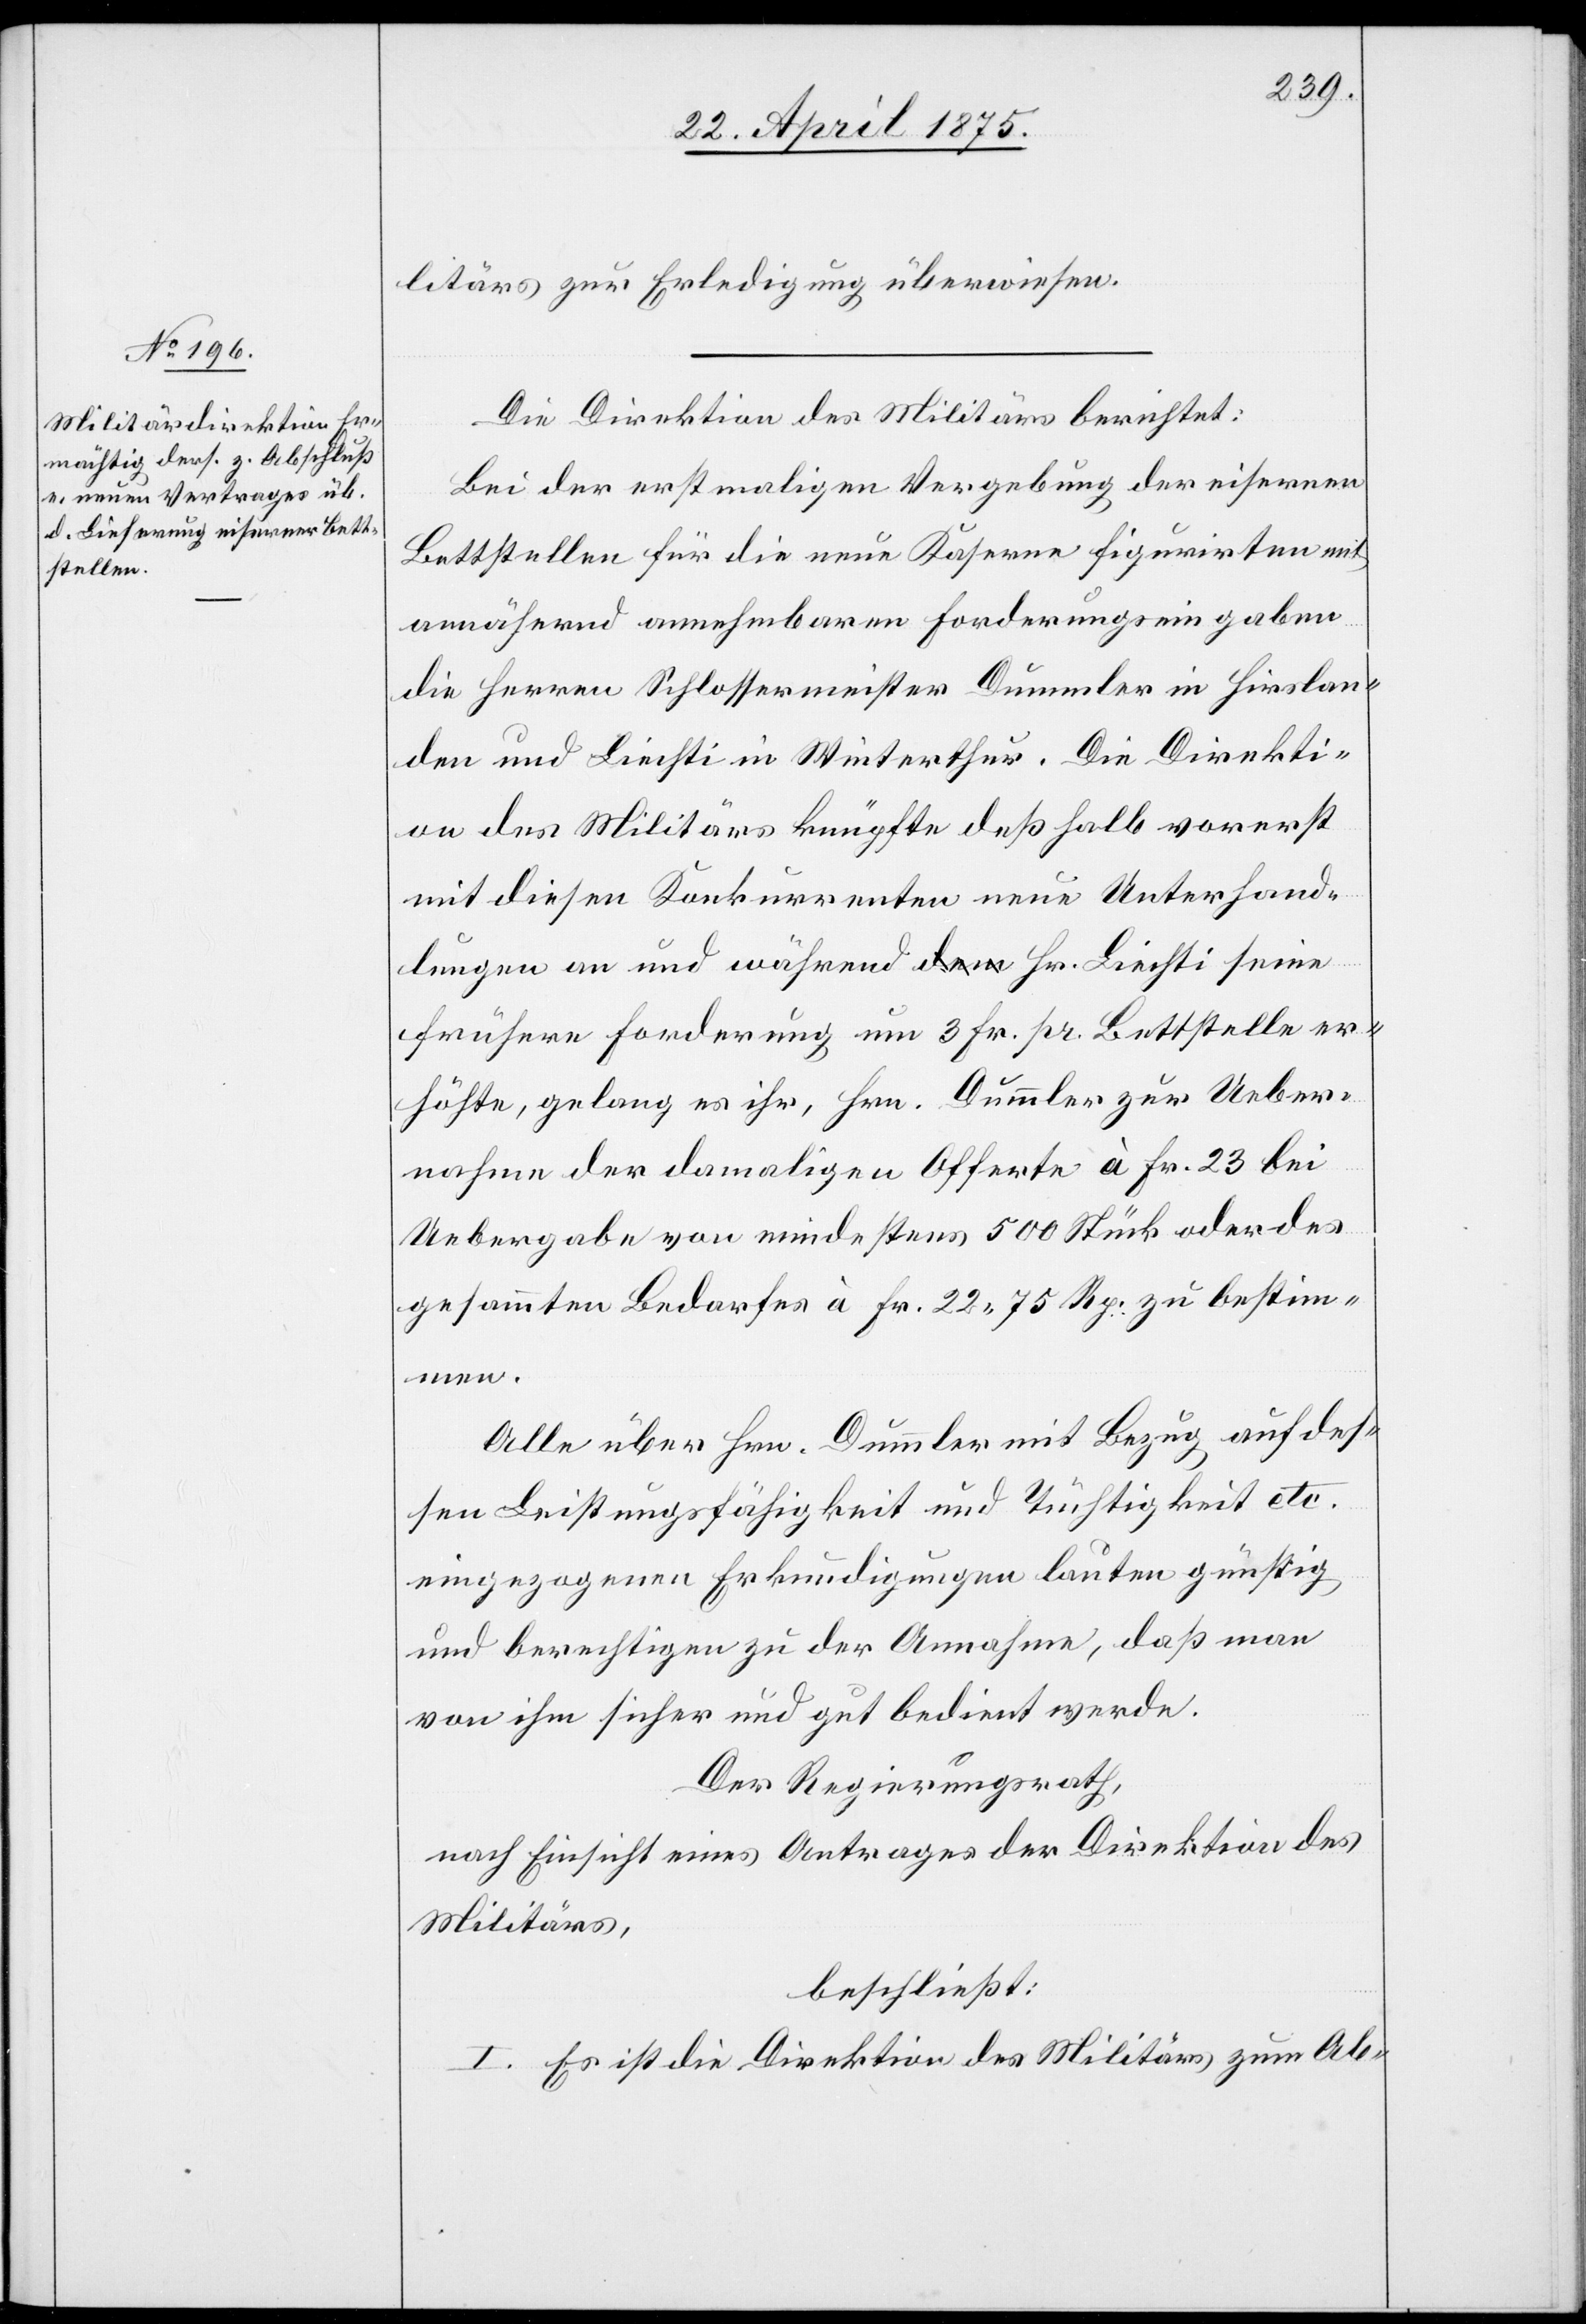
litärs zur Erledigung überwiesen.
Die Direktion des Militärs berichtet:
Bei der erstmaligen Vergebung der eisernen
Bettstellen für die neue Kaserne figurirten mit
annähernd annehmbaren Forderungseingaben
die Herren Schlossermeister Dummler in Hirslan¬
den und Liechti in Winterthur. Die Direkti¬
on des Militärs knüpfte deßhalb vorerst
mit diesen Konkurrenten neue Unterhand¬
lungen an und während Hr. Liechti seine
frühere Forderung um 3 Fr pr. Bettstelle er¬
höhte, gelang es ihr, Hrn. Dummler zur Ueber¬
nahme der damaligen Offerte à Fr. 23 bei
Uebergabe von mindestens 500 Stück oder des
gesammten Bedarfes à Fr. 22 75 Rp. zu bestim¬
men.
Alle über Hrn. Dummler mit Bezug auf des¬
sen Leistungsfähigkeit und Tüchtigkeit etc.
eingegangenen Erkundigungen lauten günstig
und berechtigten zu der Annahme, daß man
von ihm sicher und gut bedient werde.
Der Regierungsrath,
nach Einsicht eines Antrages der Direktion des
Militärs,
beschließt:
I. Es ist die Direktion des Militärs zum Ab-